Civil Veterinary Department. United Provinces 1932-42 - 1932-1942
Year: 1932
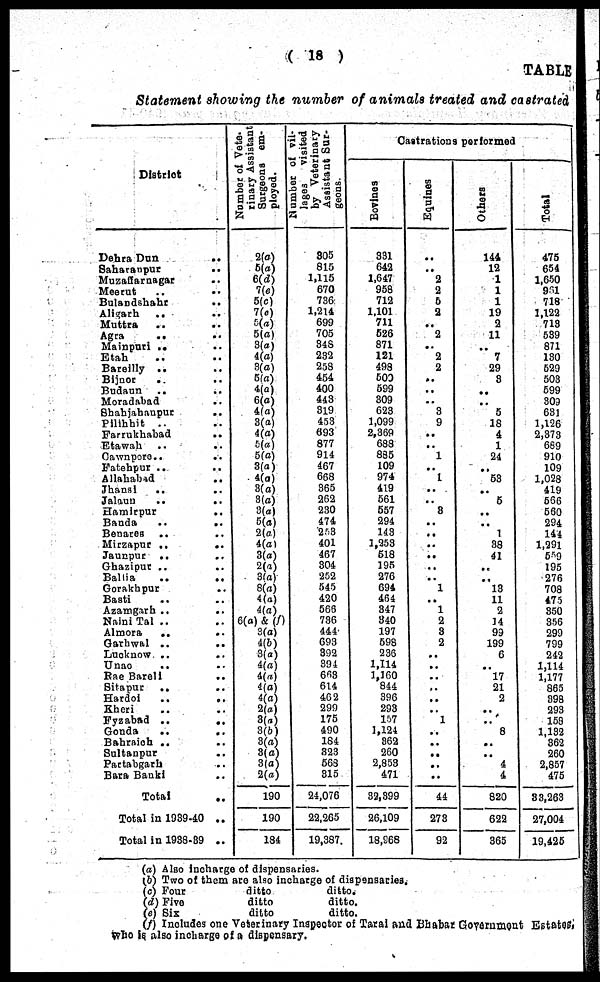
( 18 )
TABLE
Statement showing the number of animals treated and castrated
District
Dehra Dun ..
Saharanpur
..
Muzaffarnagar ..
Meerut .. ..
Bulandshahr ..
Aligarh
.. ..
Muttra
..
..
Agra
..
..
Mainpuri .. ..
Etah .. ..
Bareilly .. ..
Bijnor
.. ..
Budaun .. ..
Moradabad ..
Shahjahanpur ..
Pilibhit
.. ..
Farrukhabad
..
Etawah .. ..
Cawnpore .. ..
Fatehpur .. ..
Allahabad
..
Jhansi
.. ..
Jalaun
..
..
Hamirpur
..
Banda
..
..
Benares .. ..
Mirzapur
..
..
Jaunpur
.. ..
Ghazipur .. ..
Ballia
..
..
Gorakhpur ..
Basti .. ..
Azamgarh
..
..
Naini Tal .. ..
Almora
.. ..
Garhwal ..
..
Lucknow ..
..
Unao
.. ..
Rae Bareli ..
Sitapur
.. ..
Hardoi
..
..
Kheri .. ..
Fyzabad ..
..
Gonda
..
..
Bahraich .. ..
Sultanpur ..
Partabgarh ..
Bara Banki ..
Total
..
Total in 1939-40 ..
Total in 1938-39 ..
Number of Vete-
rinary Assistant
Surgeons em-
ployed.
2(a)
5(a)
6(d)
1(e)
5(c)
7(a)
6(«)
5(a)
3(a)
4(a)
3(a)
5(a)
4(a)
6(a)
4(a)
3(a)
4(a)
6(a)
5(a)
3(a)
4(a)
3(a)
3(a)
3(a)
5(a)
2(a)
4(a)
3(a)
2(a)
3(a)
8(a)
4(a)
4(a)
6(a) & (f)
3(a)
4(b)
3(a)
4(a)
4(a)
4(a)
4(a)
2(a)
3(a)
3(6)
3(a)
3(a)
3(a)
2(a)
190
190
184
Number of vil-
lages
visited
by Veterinary
Assistant Sur-
geons.
305
815
1,115
670
736
1,214
699
705
348
232
253
454
400
443
319
453
693
877
914
467
668
365
262
230
474
253
401
467
304
252
545
420
563
736
444
693
392
394
663
614
462
299
175
490
184
323
563
815
24,076
22,265
19,387
Castrations performed
Bovines
331
642
1,647
958
712
1,101
711
526
871
121
498
500
599
309
623
1,099
2,369
688
835
109
974
419
561
557
294
143
1,253
618
195
276
694
464
347
340
197
598
236
1,114
1,160
844
396
293
157
1,124
862
260
2,853
471
32,399
26,109
18,968
Equines
..
..
2
2
6
2
..
2
..
2
2
..
..
..
3
9
..
..
1
..
1
..
..
8
..
..
..
..
..
..
1
..
1
2
8
2
..
..
..
..
..
..
1
..
..
..
..
..
44
273
92
Others
144
12
1
1
1
19
2
11
..
7
29
8
..
..
5
18
4
1
24
..
53
..
5
..
..
1
38
41
..
..
13
11
2
14
99
199
6
..
17
21
2
..
..
8
..
..
4
4
820
622
365
Total
475
654
1,650
991
718
1,122
713
539
871
130
529
503
599
303
631
1,126
2,373
669
910
109
1,028
419
566
560
294
144
1,291
559
195
276
708
475
350
356
299
799
242
1,114
1,177
865
398
293
158
1,132
362
260
2,857
475
83,263
27,004
19,426
(a) Also incharge of dispensaries.
(b) Two of them are also incharge of dispensaries.
(c) Four
(d) Five
(e) Six
ditto
ditto
ditto
ditto.
ditto.
ditto.
(f) Includes one Veterinary Inspector of Tarai and Bhabar Government Estates,
Who is also incharge of a dispensary.